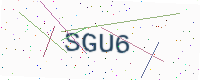
Text: SGU6